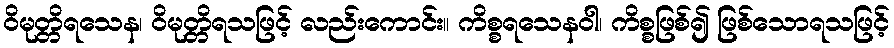
ဝိမုတ္တိရသေန၊ ဝိမုတ္တိရသဖြင့် လည်းကောင်း။ ကိစ္စရသေနဝါ၊ ကိစ္စဖြစ်၍ ဖြစ်သောရသဖြင့်